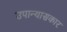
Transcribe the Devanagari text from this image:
उपान्यासकार